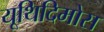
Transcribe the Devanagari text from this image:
यूथिदिमोस